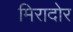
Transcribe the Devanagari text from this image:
मिरादोर